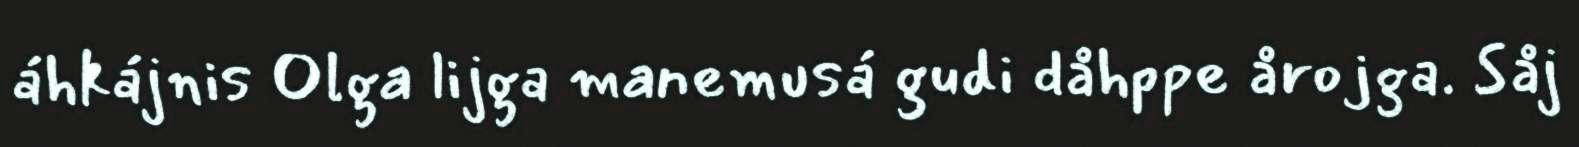
áhkájnis Olga lijga manemusá gudi dåhppe årojga. Såj